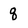
Character: q